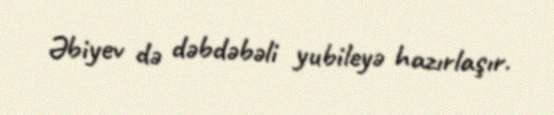
Əbiyev də dəbdəbəli yubileyə hazırlaşır.